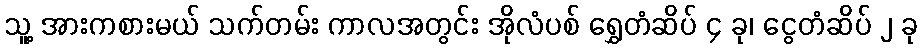
သူ့ အားကစားမယ် သက်တမ်း ကာလအတွင်း အိုလံပစ် ရွှေတံဆိပ် ၄ ခု၊ ငွေတံဆိပ် ၂ ခု